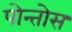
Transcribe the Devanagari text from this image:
पोन्तोस